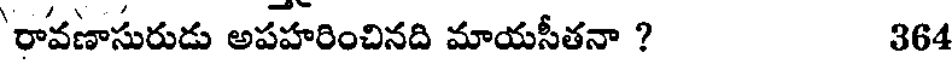
రావణాసురుడు అపహరించినది మాయసీతనా ? 364